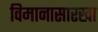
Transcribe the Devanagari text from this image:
विमानासारखा